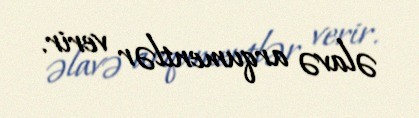
əlavə arqumentlər verir.